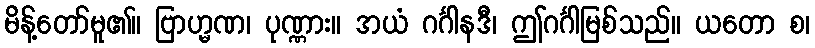
မိန့်တော်မူ၏။ ဗြာဟ္မဏ၊ ပုဏ္ဏား။ အယံ ဂင်္ဂါနဒီ၊ ဤဂင်္ဂါမြစ်သည်။ ယတော စ၊